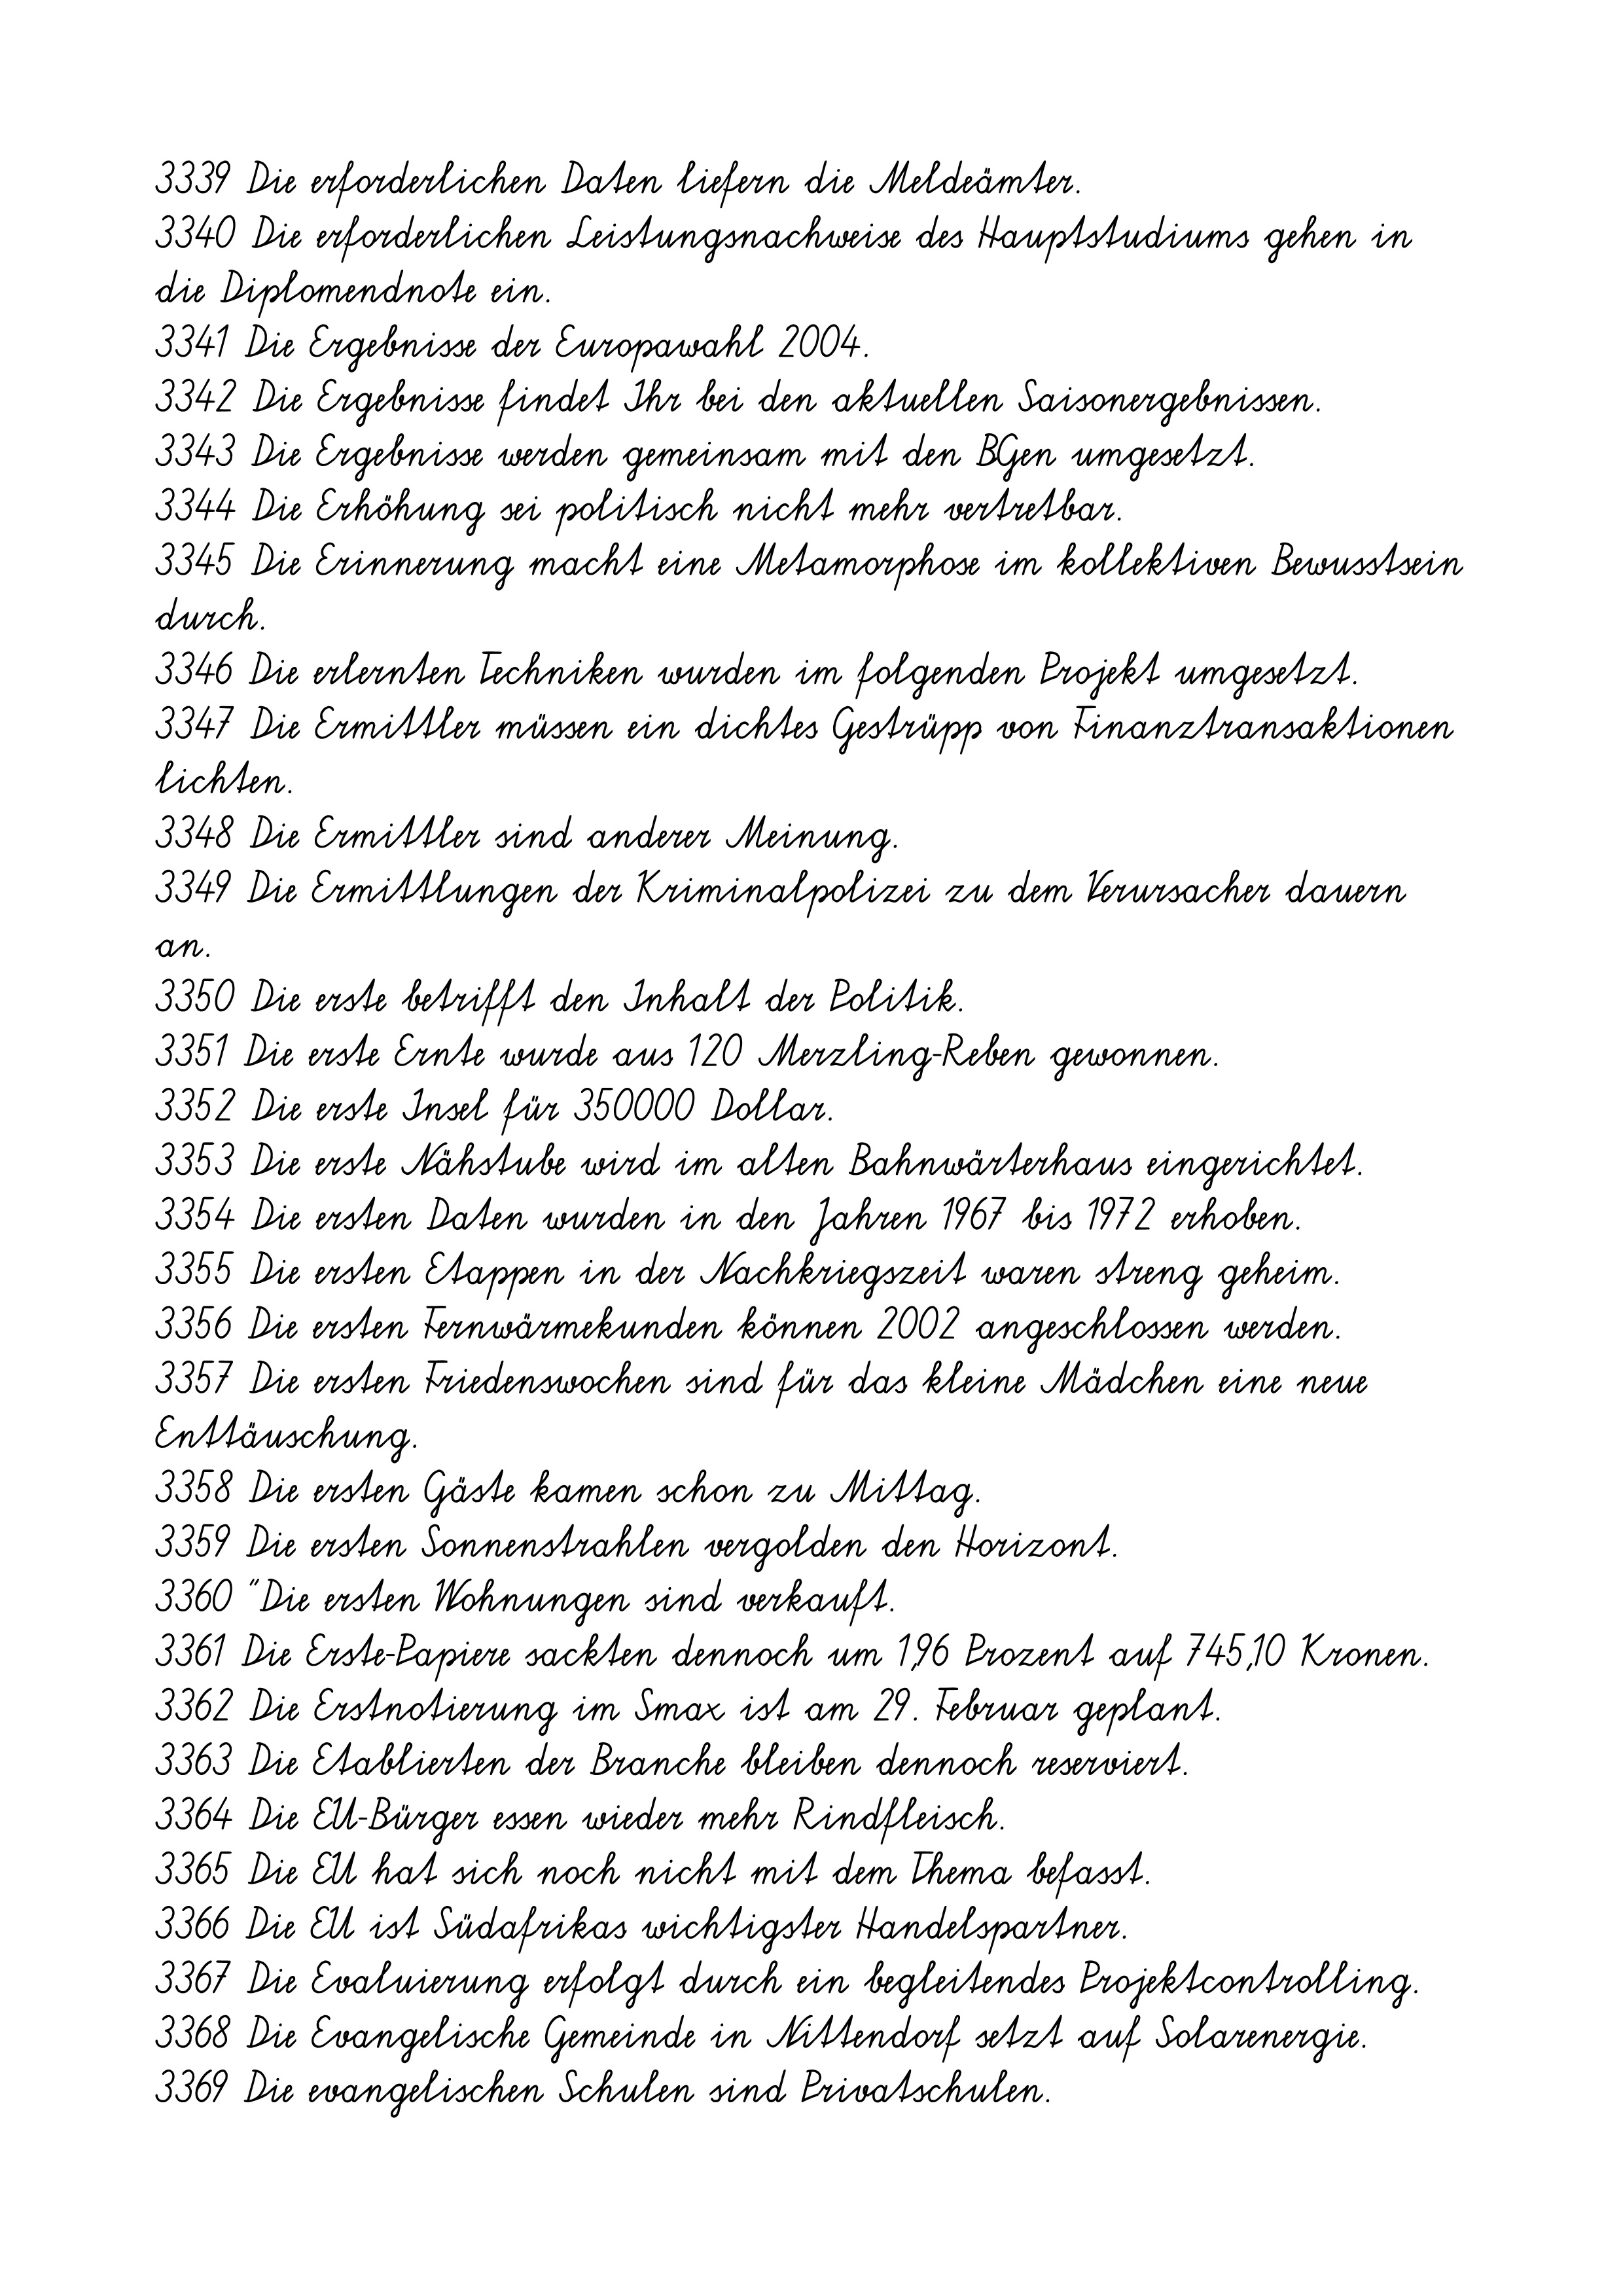
3339 Die erforderlichen Daten liefern die Meldeämter.
3340 Die erforderlichen Leistungsnachweise des Hauptstudiums gehen in
die Diplomendnote ein.
3341 Die Ergebnisse der Europawahl 2004.
3342 Die Ergebnisse findet Ihr bei den aktuellen Saisonergebnissen.
3343 Die Ergebnisse werden gemeinsam mit den BGen umgesetzt.
3344 Die Erhöhung sei politisch nicht mehr vertretbar.
3345 Die Erinnerung macht eine Metamorphose im kollektiven Bewusstsein
durch.
3346 Die erlernten Techniken wurden im folgenden Projekt umgesetzt.
3347 Die Ermittler müssen ein dichtes Gestrüpp von Finanztransaktionen
lichten.
3348 Die Ermittler sind anderer Meinung.
3349 Die Ermittlungen der Kriminalpolizei zu dem Verursacher dauern
an.
3350 Die erste betrifft den Inhalt der Politik.
3351 Die erste Ernte wurde aus 120 Merzling-Reben gewonnen.
3352 Die erste Insel für 350000 Dollar.
3353 Die erste Nähstube wird im alten Bahnwärterhaus eingerichtet.
3354 Die ersten Daten wurden in den Jahren 1967 bis 1972 erhoben.
3355 Die ersten Etappen in der Nachkriegszeit waren streng geheim.
3356 Die ersten Fernwärmekunden können 2002 angeschlossen werden.
3357 Die ersten Friedenswochen sind für das kleine Mädchen eine neue
Enttäuschung.
3358 Die ersten Gäste kamen schon zu Mittag.
3359 Die ersten Sonnenstrahlen vergolden den Horizont.
3360 "Die ersten Wohnungen sind verkauft.
3361 Die Erste-Papiere sackten dennoch um 1,96 Prozent auf 745,10 Kronen.
3362 Die Erstnotierung im Smax ist am 29. Februar geplant.
3363 Die Etablierten der Branche bleiben dennoch reserviert.
3364 Die EU-Bürger essen wieder mehr Rindfleisch.
3365 Die EU hat sich noch nicht mit dem Thema befasst.
3366 Die EU ist Südafrikas wichtigster Handelspartner.
3367 Die Evaluierung erfolgt durch ein begleitendes Projektcontrolling.
3368 Die Evangelische Gemeinde in Nittendorf setzt auf Solarenergie.
3369 Die evangelischen Schulen sind Privatschulen.